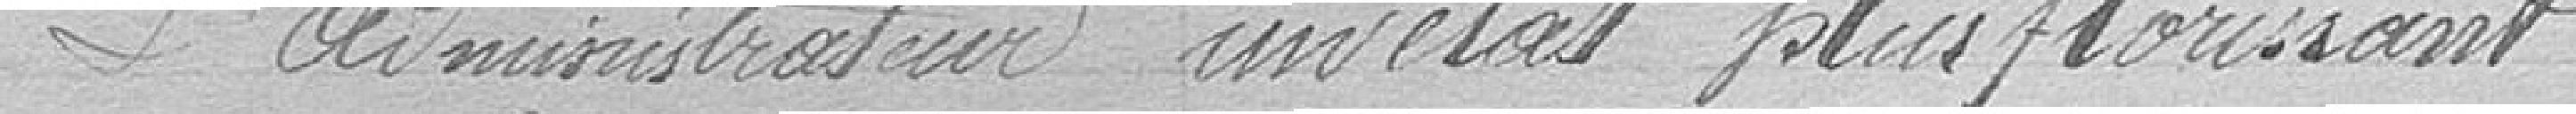
L'administrateur      un état plus florissant.